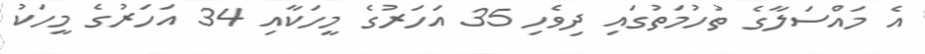
އެ މައްސަލާގެ ތުހުމަތުގައި ދިވެހި 35 އަހަރުގެ މީހަކާއި 34 އަހަރުގެ މީހަކު